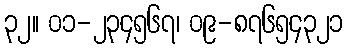
၃၂။ ၀၁-၂၃၄၅၆၇၊ ၀၉-၈၇၆၅၄၃၂၁